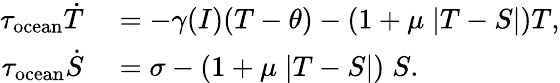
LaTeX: \begin{array}{rl}{\tau_{\mathrm{ocean}}\dot{T}}&{{}=-\gamma(I)(T-\theta)-(1+\mu\; |T-S|)T,}\\ {\tau_{\mathrm{ocean}}\dot{S}}&{{}=\sigma-(1+\mu\; |T-S|)\; S.}\end{array}